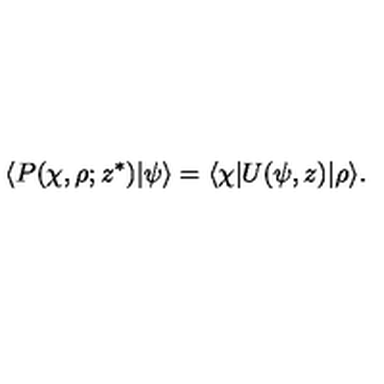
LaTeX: \langle P ( \chi , \rho ; z ^ { \ast } ) | \psi \rangle = \langle \chi | U ( \psi , z ) | \rho \rangle .